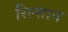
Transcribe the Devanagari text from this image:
रिल्सान